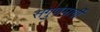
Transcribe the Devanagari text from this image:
सगुणमार्गी